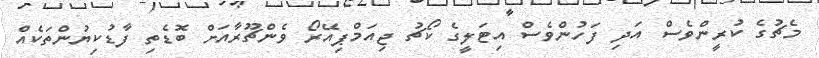
މެޗުގެ ކުރީންވެސް އަދި ފަހުންވެސް އިޓަލީގެ ކޯޗު ޖިއަމްޕިއޭރޯ ވެންޗޫރާއަށް ބޮޑެތި ފާޑުކިޔުންތަކެއް